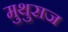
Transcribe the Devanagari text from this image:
मुथुराज